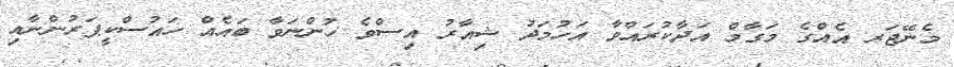
މެނޭޖަރ އެއްގެ މަގާމް އަދާކުރައްވާ އަހުމަދު ޝިއާރު އިސްވެ ހުންނަވާ ބައެއް ހައުސްކީޕަރުންނާއި